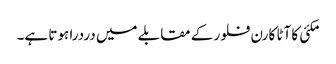
مکئی کا آٹا کارن فلور کے مقابلے میں دردرا ہوتا ہے۔